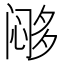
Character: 𱞹